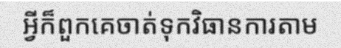
អ្វីក៏ពួកគេចាត់ទុកវិធានការតាម